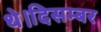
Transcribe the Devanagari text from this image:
थे।दिसम्बर